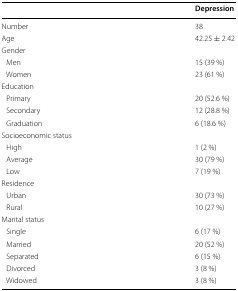
<table><thead><tr><td></td><td><b>Depression</b></td></tr></thead><tbody><tr><td>Number</td><td>38</td></tr><tr><td>Age</td><td>42.25 ± 2.42</td></tr><tr><td>Gender</td><td></td></tr><tr><td> Men</td><td>15 (39 %)</td></tr><tr><td> Women</td><td>23 (61 %)</td></tr><tr><td>Education</td><td></td></tr><tr><td> Primary</td><td>20 (52.6 %)</td></tr><tr><td> Secondary</td><td>12 (28.8 %)</td></tr><tr><td> Graduation</td><td>6 (18.6 %)</td></tr><tr><td>Socioeconomic status</td><td></td></tr><tr><td> High</td><td>1 (2 %)</td></tr><tr><td> Average</td><td>30 (79 %)</td></tr><tr><td> Low</td><td>7 (19 %)</td></tr><tr><td>Residence</td><td></td></tr><tr><td> Urban</td><td>30 (73 %)</td></tr><tr><td> Rural</td><td>10 (27 %)</td></tr><tr><td>Marital status</td><td></td></tr><tr><td> Single</td><td>6 (17 %)</td></tr><tr><td> Married</td><td>20 (52 %)</td></tr><tr><td> Separated</td><td>6 (15 %)</td></tr><tr><td> Divorced</td><td>3 (8 %)</td></tr><tr><td> Widowed</td><td>3 (8 %)</td></tr></tbody></table>